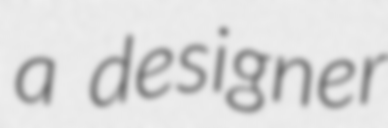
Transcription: a designer